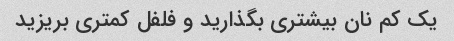
یک کم نان بیشتری بگذارید و فلفل کمتری بریزید